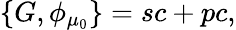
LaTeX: \{ G,\phi_{\mu_{0}}\} =sc+pc,